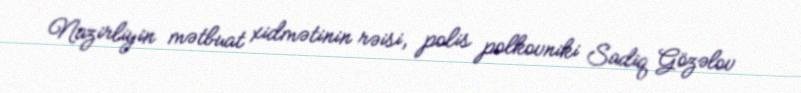
Nazirliyin mətbuat xidmətinin rəisi, polis polkovniki Sadiq Gözəlov